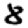
Digit: 8